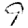
Digit: 9